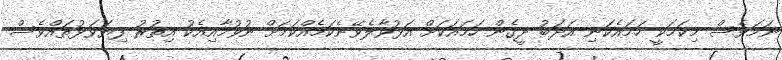
ނަމަވެސް މިކަމަކީ ހަމައެކަނި އަދަބު ދީގެން ހަމައަކަށް އަޅުވާލެވޭނެކަމެއްކަމަށް ނުވުމާއިއެކު އިތުރު ފިޔަވަޅުތައްވެސް